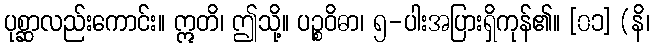
ပုစ္ဆာလည်းကောင်း။ ဣတိ၊ ဤသို့။ ပဉ္စဝိဓာ၊ ၅-ပါးအပြားရှိကုန်၏။ [၀၁] (နိ၊